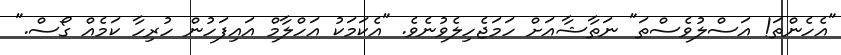
"އެހެންތަ! އަސްލުވެސްތަ" ނަތާޝާއަށް ހަމަޖެހިލެވުނެވެ. "އެކަމަކު އަހްލާމް އައިފަހުން ހުރިހާ ކަމެއް ގޯސް."